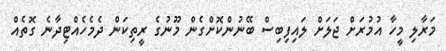
މަރާލި މީހާ އުމުރަށް ޖަލަށް ލައިފިބިސް ބޭނުންކޮށްގެން މޫނުގެ ރީތިކަން ދެމެހެއްޓިދާނެ ގޮތެއް